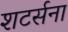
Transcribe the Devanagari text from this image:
शटर्सना